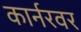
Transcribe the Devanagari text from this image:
कार्नरवर